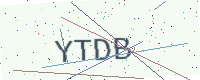
Text: YTDB